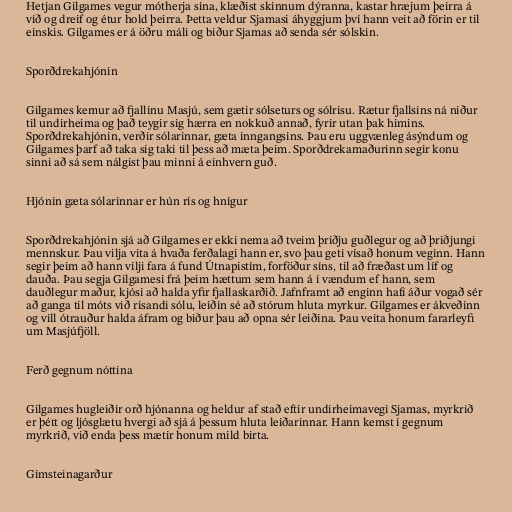
Hetjan Gilgames vegur mótherja sína, klæðist skinnum dýranna, kastar hræjum þeirra á
víð og dreif og étur hold þeirra. Þetta veldur Sjamasi áhyggjum því hann veit að förin er til
einskis. Gilgames er á öðru máli og biður Sjamas að senda sér sólskin.

Sporðdrekahjónin

Gilgames kemur að fjallinu Masjú, sem gætir sólseturs og sólrisu. Rætur fjallsins ná niður
til undirheima og það teygir sig hærra en nokkuð annað, fyrir utan þak himins.
Sporðdrekahjónin, verðir sólarinnar, gæta inngangsins. Þau eru uggvænleg ásýndum og
Gilgames þarf að taka sig taki til þess að mæta þeim. Sporðdrekamaðurinn segir konu
sinni að sá sem nálgist þau minni á einhvern guð.

Hjónin gæta sólarinnar er hún rís og hnígur

Sporðdrekahjónin sjá að Gilgames er ekki nema að tveim þriðju guðlegur og að þriðjungi
mennskur. Þau vilja vita á hvaða ferðalagi hann er, svo þau geti vísað honum veginn. Hann
segir þeim að hann vilji fara á fund Útnapistím, forföður síns, til að fræðast um líf og
dauða. Þau segja Gilgamesi frá þeim hættum sem hann á í vændum ef hann, sem
dauðlegur maður, kjósi að halda yfir fjallaskarðið. Jafnframt að enginn hafi áður vogað sér
að ganga til móts við rísandi sólu, leiðin sé að stórum hluta myrkur. Gilgames er ákveðinn
og vill ótrauður halda áfram og biður þau að opna sér leiðina. Þau veita honum fararleyfi
um Masjúfjöll.

Ferð gegnum nóttina

Gilgames hugleiðir orð hjónanna og heldur af stað eftir undirheimavegi Sjamas, myrkrið
er þétt og ljósglætu hvergi að sjá á þessum hluta leiðarinnar. Hann kemst í gegnum
myrkrið, við enda þess mætir honum mild birta.

Gimsteinagarður